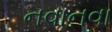
નવાનવા